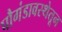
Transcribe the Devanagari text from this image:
पौगंडावस्थेतून